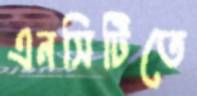
এনসিটিতে